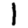
Digit: 1